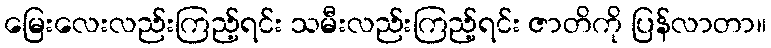
မြေးလေးလည်းကြည့်ရင်း သမီးလည်းကြည့်ရင်း ဇာတိကို ပြန်လာတာ။